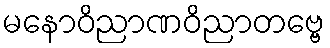
မနောဝိညာဏဝိညာတဗ္ဗေ